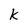
Character: k